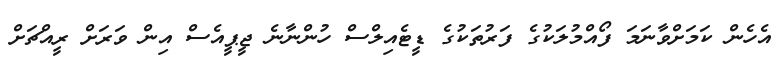
އެހެން ކަމަށްވާނަމަ ފޯއްމުލަކުގެ ފަރުތަކުގެ ޑީޓެއިލްސް ހުންނާނެ ޖީޕީއެެސް އިން ވަރަށް ރީއްޗަށް